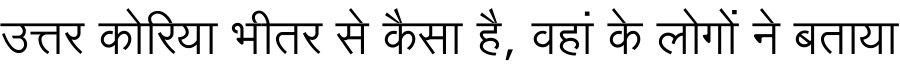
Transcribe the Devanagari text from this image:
उत्तर कोरिया भीतर से कैसा है, वहां के लोगों ने बताया